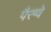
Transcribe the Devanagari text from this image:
पैरग्वे